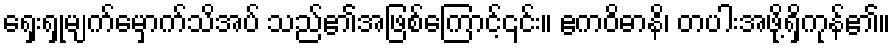
ရှေးရှုမျက်မှောက်သိအပ် သည်၏အဖြစ်ကြောင့်၎င်း။ ဧကဝိဓာနိ၊ တပါးအဖို့ရှိကုန်၏။